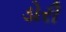
ડોરી